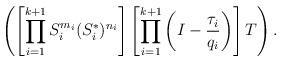
LaTeX: \begin{align*}\left(\left[\prod_{i=1}^{k+1} S_i^{m_i}(S_i^*)^{n_i}\right] \left[\prod_{i=1}^{k+1}\left(I-\frac{\tau_i}{q_i}\right)\right] T\right).\end{align*}